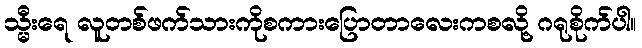
သ္မီးရေ လူတစ်ဖက်သားကိုစကားပြောတာလေးကစလို့ ဂရုစိုက်ပါ။